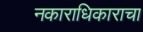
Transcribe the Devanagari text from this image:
नकाराधिकाराचा